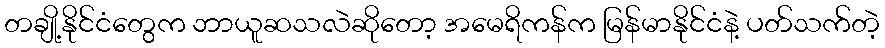
တချို့နိုင်ငံတွေက ဘာယူဆသလဲဆိုတော့ အမေရိကန်က မြန်မာနိုင်ငံနဲ့ ပတ်သက်တဲ့